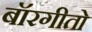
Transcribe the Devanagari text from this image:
बॉरगीतो